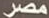
مصر